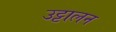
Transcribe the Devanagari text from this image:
उट्टालन